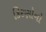
કિરણોનો